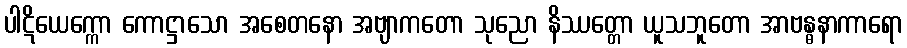
ပါဋိယေက္ကော ကောဋ္ဌာသော အစေတနော အဗျာကတော သုညော နိဿတ္တော ယူသဘူတော အာဗန္ဓနာကာရော